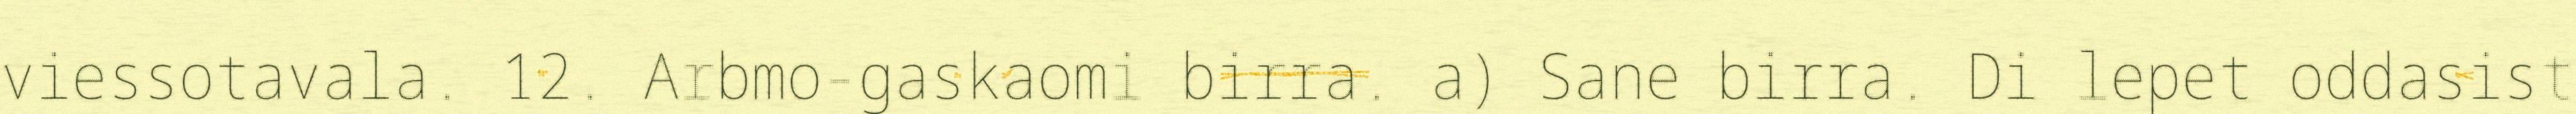
viessotavala. 12. Arbmo-gaskaomi birra. a) Sane birra. Di lepet oddasist